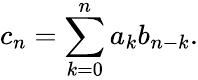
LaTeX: c_{n}=\sum_{k=0}^{n}a_{k}b_{n-k}.